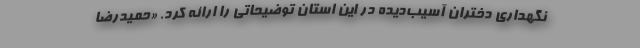
نگهداری دختران آسیب‌دیده در این استان توضیحاتی را ارائه کرد. «حمیدرضا